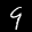
Label: 9